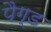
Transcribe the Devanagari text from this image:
पैग्ड